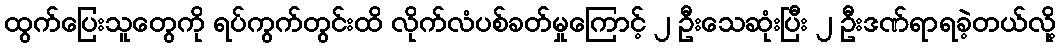
ထွက်ပြေးသူတွေကို ရပ်ကွက်တွင်းထိ လိုက်လံပစ်ခတ်မှုကြောင့် ၂ ဦးသေဆုံးပြီး ၂ ဦးဒဏ်ရာရခဲ့တယ်လို့